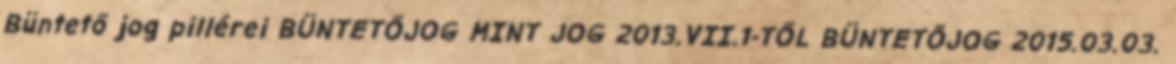
Büntető jog pillérei BÜNTETŐJOG MINT JOG 2013.VII.1-TŐL BÜNTETŐJOG 2015.03.03.